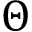
\Theta